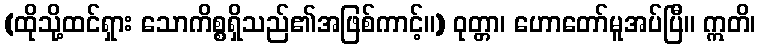
(ထိုသို့ထင်ရှား သောကိစ္စရှိသည်၏အဖြစ်ကာင့်။) ဝုတ္တာ၊ ဟောတော်မူအပ်ပြီ။ ဣတိ၊